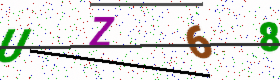
Text: UZ68